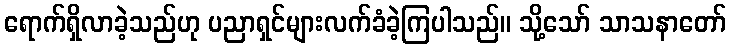
ရောက်ရှိလာခဲ့သည်ဟု ပညာရှင်များလက်ခံခဲ့ကြပါသည်။ သို့သော် သာသနာတော်